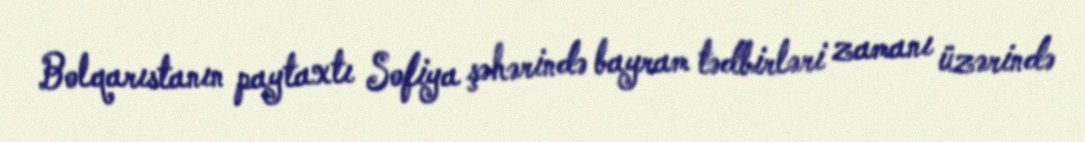
Bolqarıstanın paytaxtı Sofiya şəhərində bayram tədbirləri zamanı üzərində